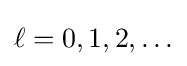
\ell =0,1,2,\ldots